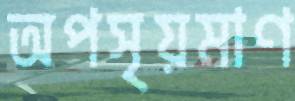
অপসৃয়মাণ